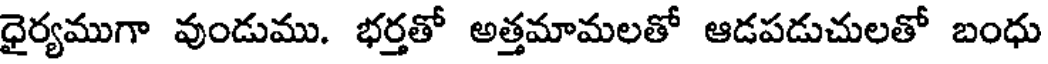
ధైర్యముగా వుండుము. భర్తతో అత్తమామలతో ఆడపడుచులతో బంధు